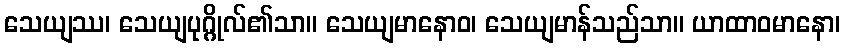
သေယျဿ၊ သေယျပုဂ္ဂိုလ်၏သာ။ သေယျမာနောဝ၊ သေယျမာန်သည်သာ။ ယာထာဝမာနော၊